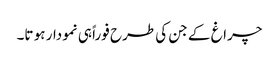
چراغ کے جن کی طرح فوراً ہی نمودار ہو تا۔